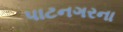
પાટનગરના